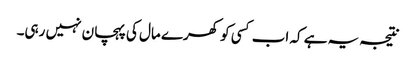
نتیجہ یہ ہے کہ اب کسی کو کھرے مال کی پہچان نہیں رہی۔